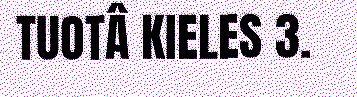
TUOTÂ KIELES 3.